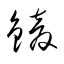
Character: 錂